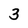
Character: 3